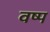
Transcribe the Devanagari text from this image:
वष्प